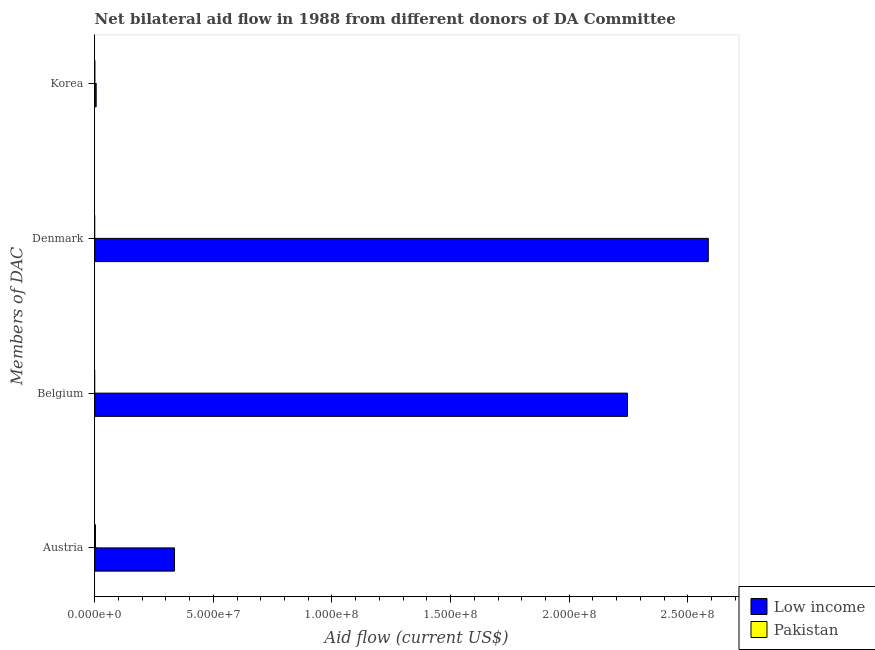
| Members of DAC | Low income | Pakistan |
 | --- | --- | --- |
 | Austria | 3.36e+07 | 3.1e+05 |
 | Belgium | 2.25e+08 | -1.65e+06 |
 | Denmark | 2.59e+08 | -2.8e+05 |
 | Korea | 6.1e+05 | 1e+04 |